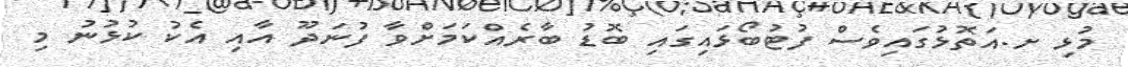
މުޅި ށ.އަތޮޅުގައިވެސް ފުޓުބޯޅައިގައި ބޮޑު ބާރެއްކަމަށްވާ ފުނަދޫ އާއި އެކު ކުޅުނު މި